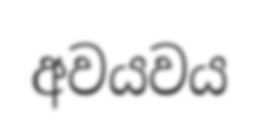
අවයවය